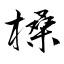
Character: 槡